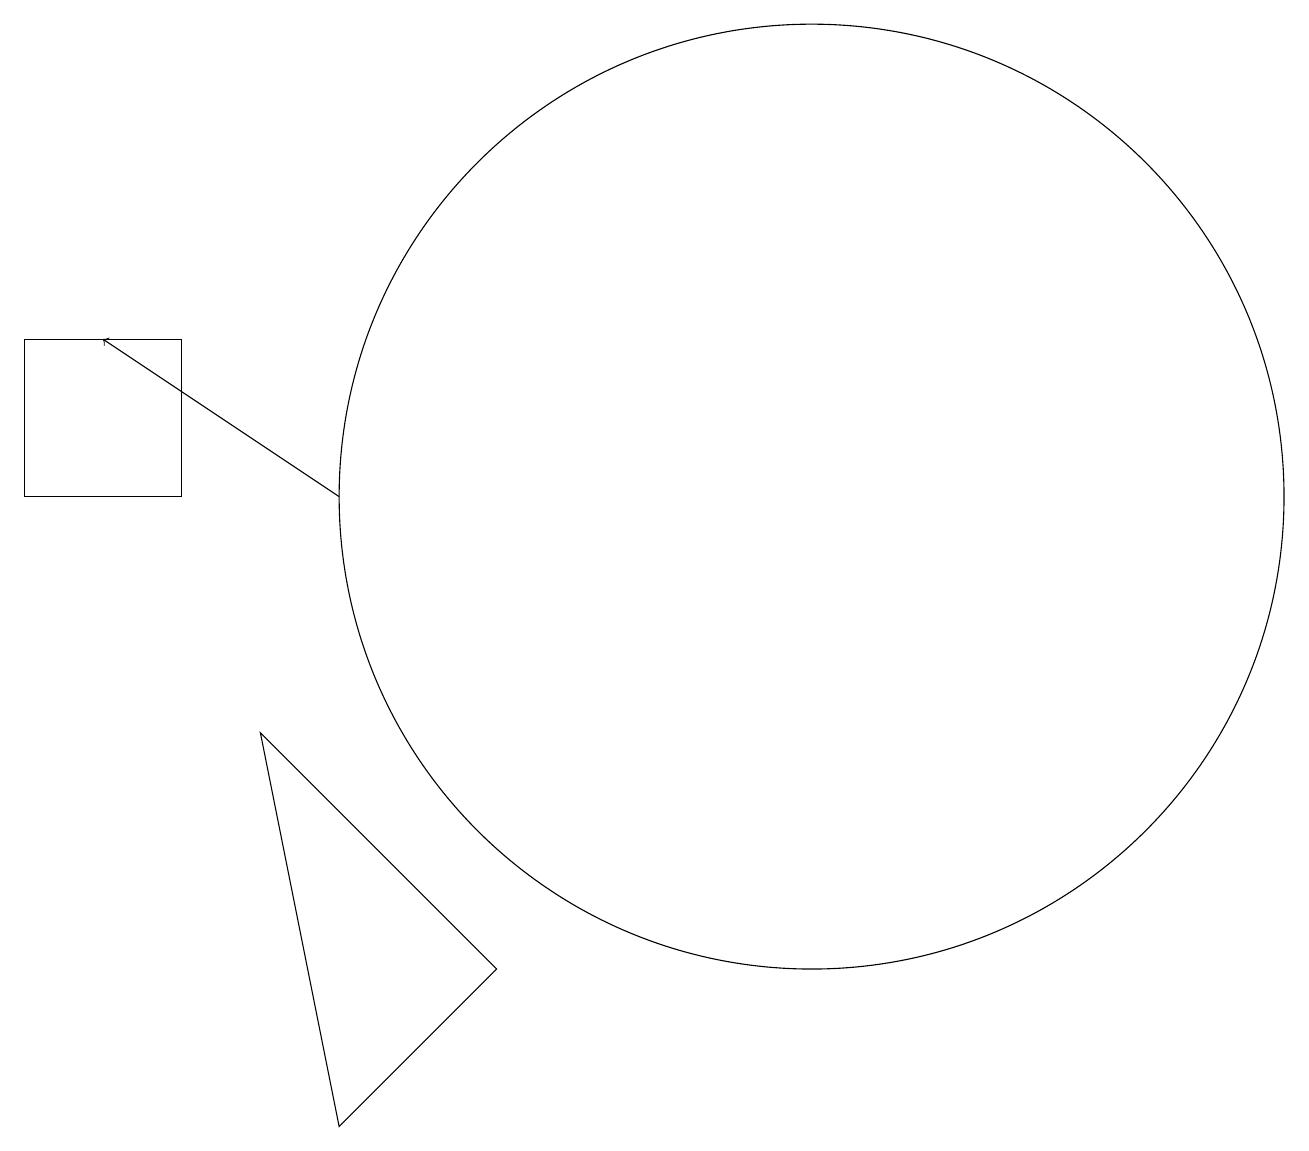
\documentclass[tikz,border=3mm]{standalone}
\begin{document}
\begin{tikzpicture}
\draw (1,14) rectangle (3,12);
\draw (11,12) circle (6);
\draw[->] (5,12) -- (2,14);
\draw (5,4) -- (7,6) -- (4,9) -- cycle;
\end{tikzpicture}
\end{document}